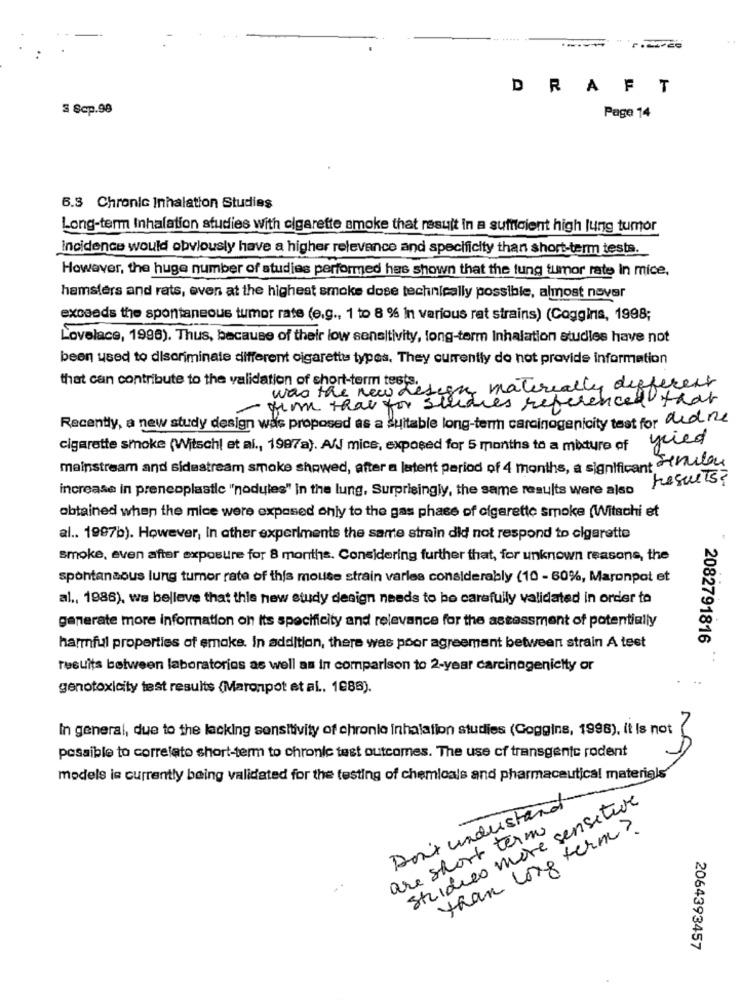
DRAFT
S Scp.98
Page 14
6.3 Chronic Inhalation Studies
Long-term Inhalation studies with cigarette smoke that result in a sufficient high lung tumor
Incidence would obviously have a higher relevance and specificity than short-term tests.
However, the huge number of studies performed has shown that the lung tumor rate In mice,
hamsters and rats, even at the highest smoke dose technically possible, almost nover
exceeds the spontaneous tumor rate (e.g ., 1 to 8 % In various rat strains) (Coggins, 1998;
Lovelace, 1996). Thus, because of their low sensitivity, long-term Inhalation studies have not
been used to discriminate different cigarettes types. They currently do not provide information
that can contribute to the validation of short-term tests.
my materially different
- time that for studies referenced that
was the new de
Recently, a new study design was proposed as a suitable long-term carcinogenicity test for dedne
fried
cigarette smoke (Witschi et al ., 1997a). A/ mice, exposed for 5 months to a mixture of
mainstream and sidestream smoke showed, after a latent period of 4 months, a significant -nular
results?
increase in preneoplastic "nodules" in the lung, Surprisingly, the same results were also
obtained when the mice were exposed only to the gas phase of cigarette smoke (Witschi et
al .. 1997b). However, In other experiments the same strain did not respond to cigarette
smoke, even after exposure for 8 months. Considering further that, for unknown reasons, the
spontansous lung tumor rate of this mouse strain varles considerably (10 - 60%, Maronpot et
al ., 1988), we believe that this new study design needs to be carefully validated in order to
generate more information on Its specificity and relevance for the assessment of potentially
2082791816
harmful properties of smoke. In addition, there was poor agreement between strain A test
..
results between laboratorios as well as in comparison to 2-year carcinogenictty or
genotoxicity test results (Maronpot et al ., 1888).
In general, due to the lacking sensitivity of chronio inhalation studies (Coggins, 1998), it Is not
possible to correlato short-term to chronic test outcomes. The use of transgenic rodent
models is currently being validated for the testing of chemicals and pharmaceutical materials
Studies more sensitive
Don't understand
are short term
than long term ?
2064393457